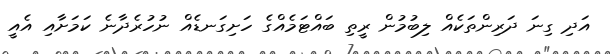
އަދި ގިނަ ދަރިންތަކެއް ލިބުމުން ރީތި ބައްޓަމެއްގެ ހަށިގަނޑެއް ނުހުރެދާނެ ކަމަށާއި އެއީ